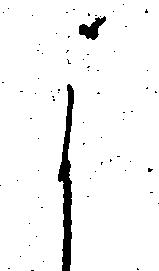
よ